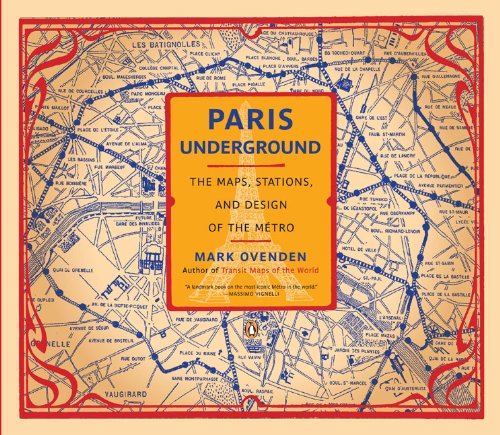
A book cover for Paris Underground: The Maps, Stations, and Design of the Metro; Mark Ovenden; Engineering & Transportation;